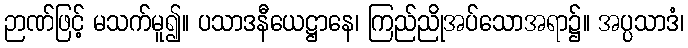
ဉာဏ်ဖြင့် မသက်မူ၍။ ပသာဒနီယေဋ္ဌာနေ၊ ကြည်ညိုအပ်သောအရာ၌။ အပ္ပသာဒံ၊